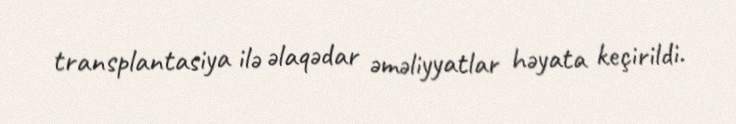
transplantasiya ilə əlaqədar əməliyyatlar həyata keçirildi.